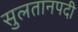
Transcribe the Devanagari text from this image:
सुलतानपदी